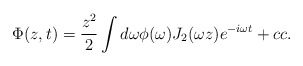
\begin{align*}\Phi (z, t) = {z^2 \over 2} \int{d\omega \phi(\omega) J_2(\omega z)e^{-i\omega t}} + cc.\end{align*}